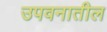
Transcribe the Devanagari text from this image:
उपवनातील